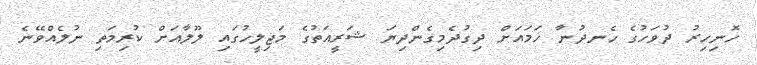
ހޮނިހިރު ދުވަހުގެ ހެނދުނާ ހަމައަށް ދިގުދެމިގެންދިޔަ ޝަރީއަތުގެ މަޖިލީހުގައި ލޫލާއަށް ކުރިމަތި ނުލެއްވޭނެ